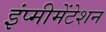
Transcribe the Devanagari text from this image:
इंप्मीमेंटेशन